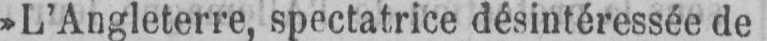
»L’Angleterre, spectatrice désintéressée de